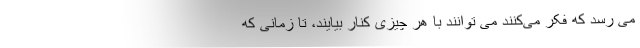
می رسد که فکر می‌کنند می توانند با هر چیزی کنار بیایند، تا زمانی که